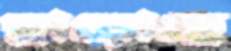
ছাড়োছে